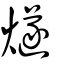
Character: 𤑾